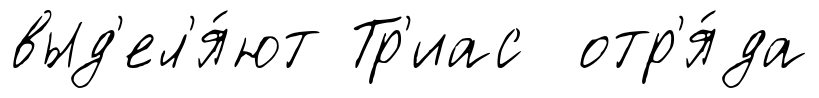
выд'ел'я́ют Тр'иас отр'я́да